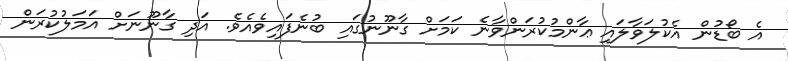
އެ ބޯޑުން އެކުލަވާލައި ޢާންމުކުރަންވާނެ ކަމަށް ގާނޫނުގައި ބުނެފައިވެއެވެ. އަދި ގާނޫނަށް އަމަލުކުރަން